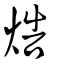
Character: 焅